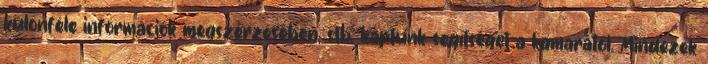
különféle információk megszerzésében, stb. kaptunk segítséget a kamarától. Mindezek